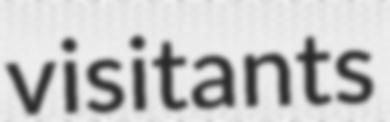
visitants